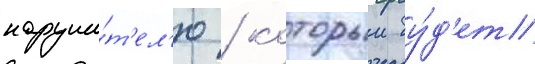
наруши́т'ел'ю / которыи бу́д'ет